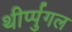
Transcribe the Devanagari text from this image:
थीर्प्पुगल